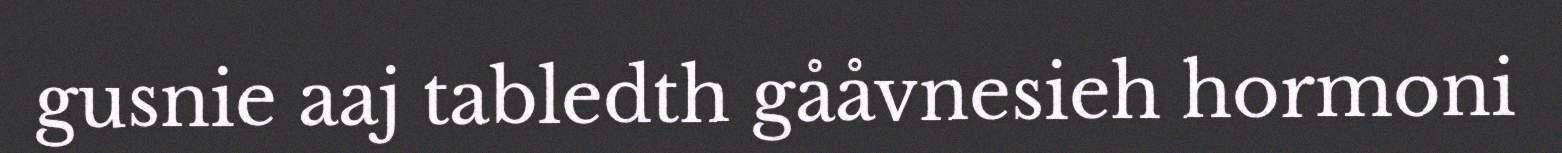
gusnie aaj tabledth gååvnesieh hormoni